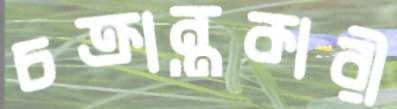
চক্রান্তকারী